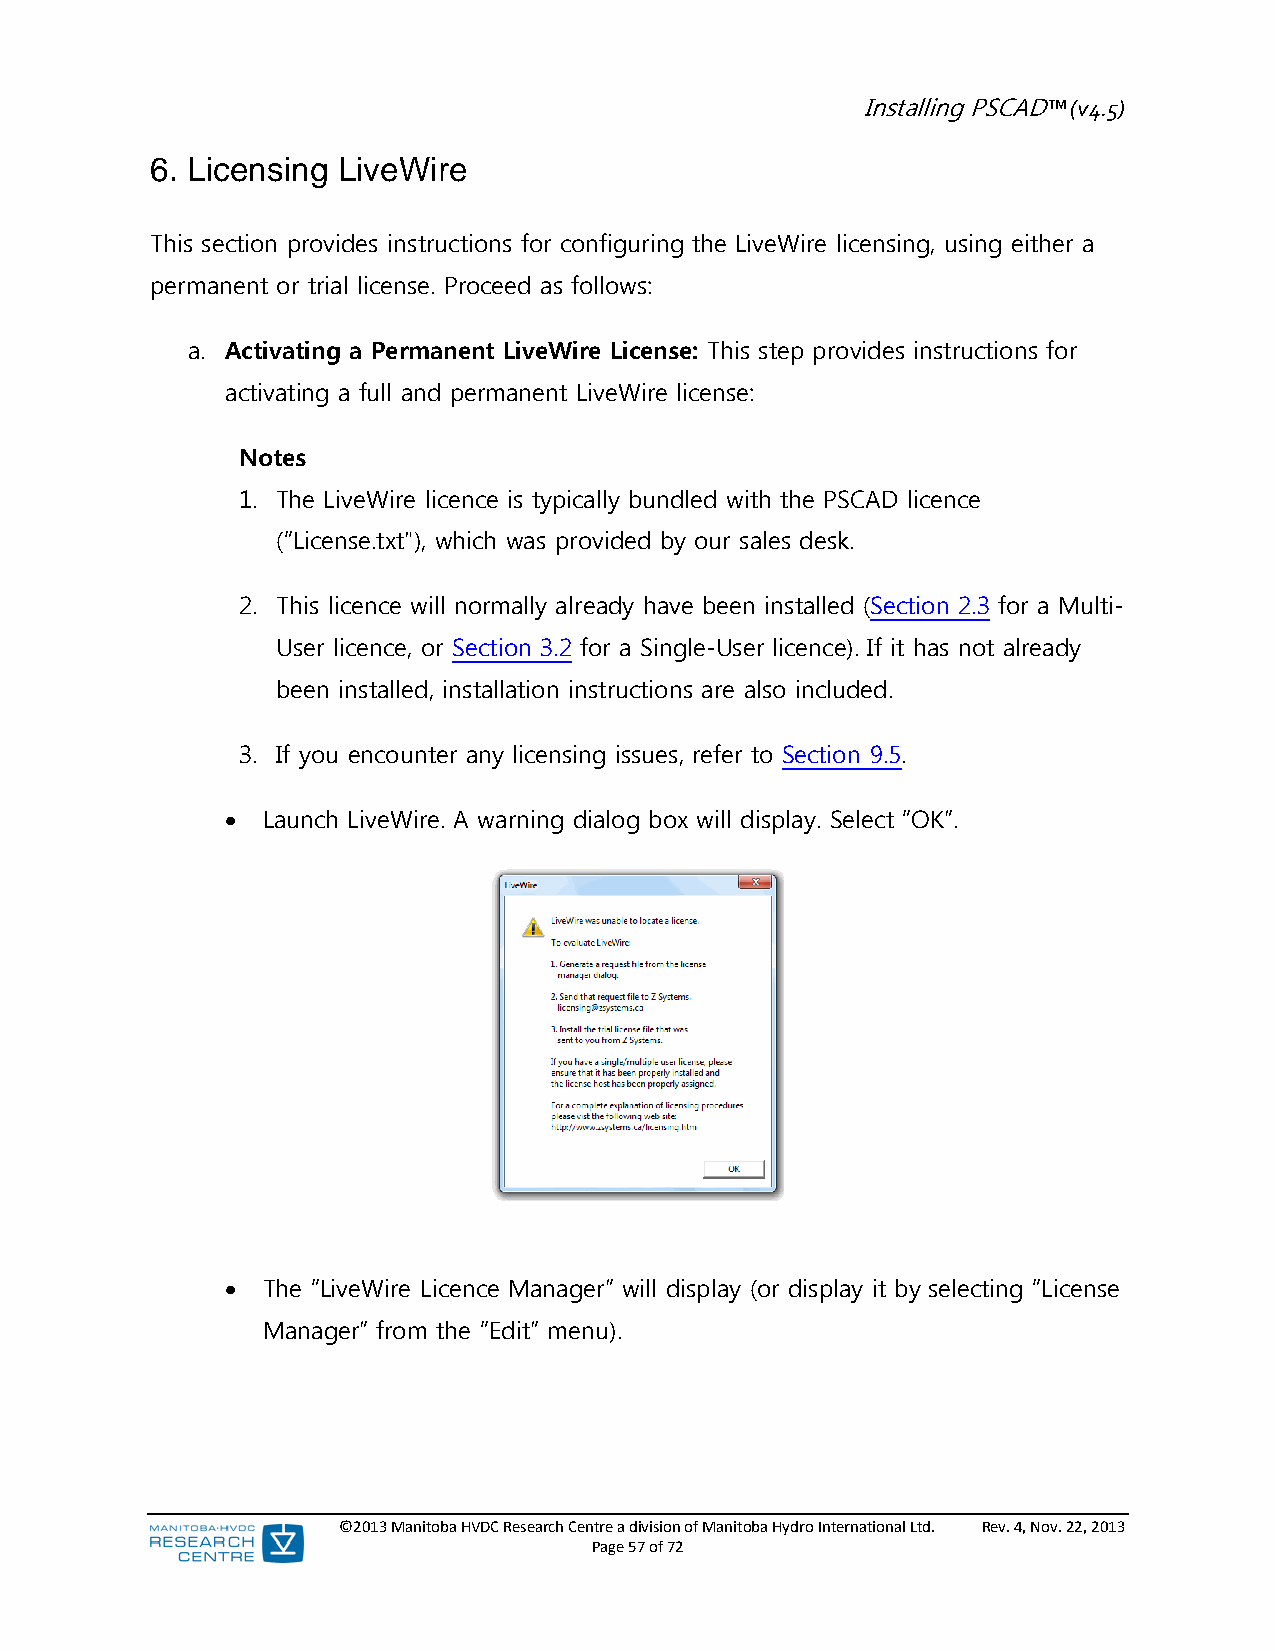
Installing PSCAD™ (v4.5)
 6. Licensing LiveWire
 This section provides instructions for configuring the LiveWire licensing, using either a
 permanent or trial license. Proceed as follows:
 a. Activating a Permanent LiveWire License: This step provides instructions for
 activating a full and permanent LiveWire license:
 Notes
 1. The LiveWire licence is typically bundled with the PSCAD licence
 (“License.txt"), which was provided by our sales desk.
 2. This licence will normally already have been installed (Section 2.3 for a Multi-
 User licence, or Section 3.2 for a Single-User licence). If it has not already
 been installed, installation instructions are also included.
 3. If you encounter any licensing issues, refer to Section 9.5.
  Launch LiveWire. A warning dialog box will display. Select “OK”.
  The “LiveWire Licence Manager” will display (or display it by selecting “License
 Manager” from the “Edit” menu).
 ©2013 Manitoba HVDC Research Centre a division of Manitoba Hydro International Ltd. Rev. 4, Nov. 22, 2013
 Page 57 of 72